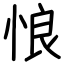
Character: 悢